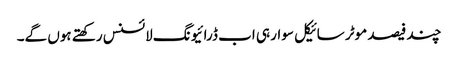
چند فیصد موٹر سائیکل سوار ہی اب ڈرائیونگ لائسنس رکھتے ہوں گے۔